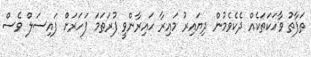
ތަފާތު ވާހަކަތަކެއް ދެކެވެމުން ދިޔައިރު މައިރާ ހައިރާންވީ ފުރަތަމަ ފަހަރަށް ފައިސަލް ވެސް